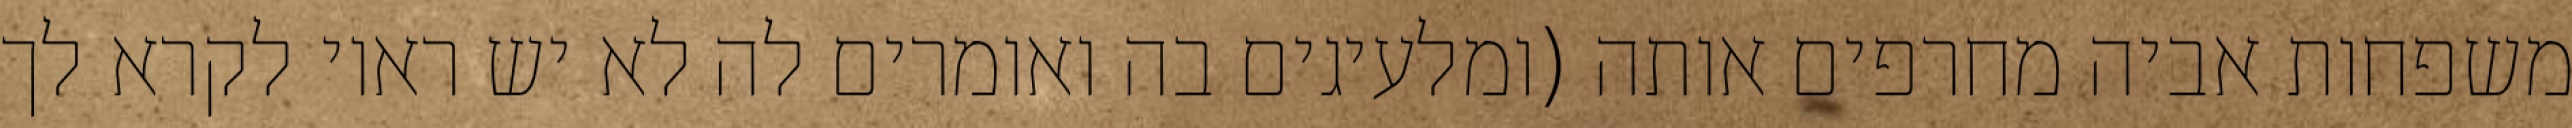
משפחות אביה מחרפים אותה (ומלעיגים בה ואומרים לה לא יש ראוי לקרא לך